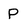
Character: p